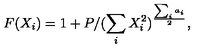
F ( X _ { i } ) = 1 + P / ( \sum _ { i } X _ { i } ^ { 2 } ) ^ { \frac { \sum _ { i } a _ { i } } { 2 } } ,